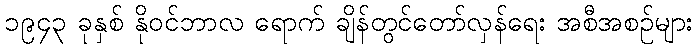
၁၉၄၃ ခုနှစ် နိုဝင်ဘာလ ရောက် ချိန်တွင်တော်လှန်ရေး အစီအစဉ်များ